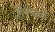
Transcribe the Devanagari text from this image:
है।चक